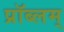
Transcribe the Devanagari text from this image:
प्रॉब्लम्